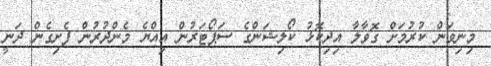
މިނިވަން ކުރުމަށް ގޮވާލާ އިދިކޮޅު ކޯލިޝަންގެ ސަޕޯޓަރުން އިއްޔެ މެންދުރުން ފެށިގެން ދަނީ